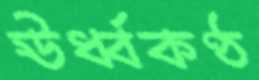
ঊর্ধ্বকণ্ঠ